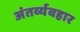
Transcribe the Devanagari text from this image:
अंतर्व्यवहार